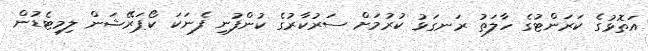
އަތޮޅުގެ ކަރަންޓުގެ ހާލަތު ރަނގަޅު ކުރުމަށް ސަރުކާރުގެ ކުންފުނި ފެނަކަ ކޯޕަރޭޝަން ލިމިޓެޑުން